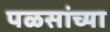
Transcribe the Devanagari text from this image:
पळसांच्या